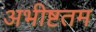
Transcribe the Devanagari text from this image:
अभीष्टतम